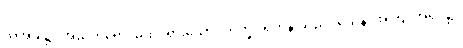
ထိုအခါ၌။ အညတရော၊ မထင်ရှားသော။ ဘိက္ခု၊ ရဟန်းသည်။ ယေန၊ အကြင်အရပ်၌။